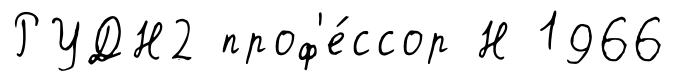
РУДН2 проф'е́ссор Н 1966